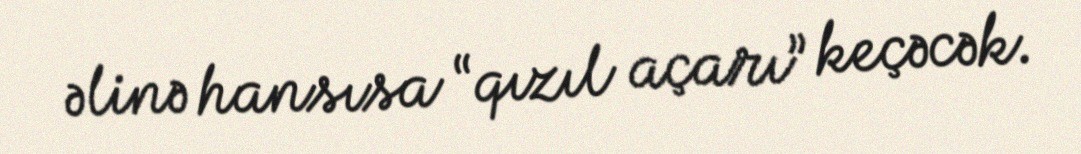
əlinə hansısa “qızıl açarı” keçəcək.